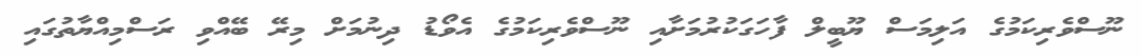
ނޫސްވެރިކަމުގެ އަލިމަސް ޔޫބީލް ފާހަގަކުރުމަށާއި ނޫސްވެރިކަމުގެ އެވޯޑު ދިނުމަށް މިރޭ ބޭއްވި ރަސްމިއްޔާތުގައި